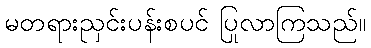
မတရားညှင်းပန်းစပင် ပြုလာကြသည်။